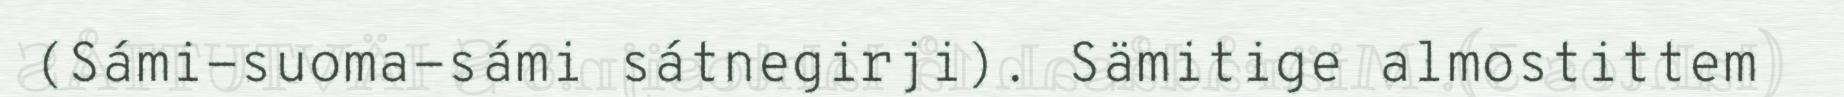
(Sámi-suoma-sámi sátnegirji). Sämitige almostittem